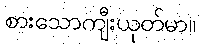
စားသောကျီးယုတ်မာ။